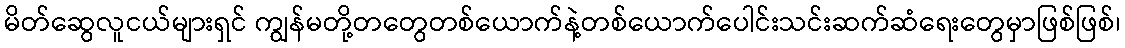
မိတ်ဆွေလူငယ်များရှင် ကျွန်မတို့တတွေတစ်ယောက်နဲ့တစ်ယောက်ပေါင်းသင်းဆက်ဆံရေးတွေမှာဖြစ်ဖြစ်၊